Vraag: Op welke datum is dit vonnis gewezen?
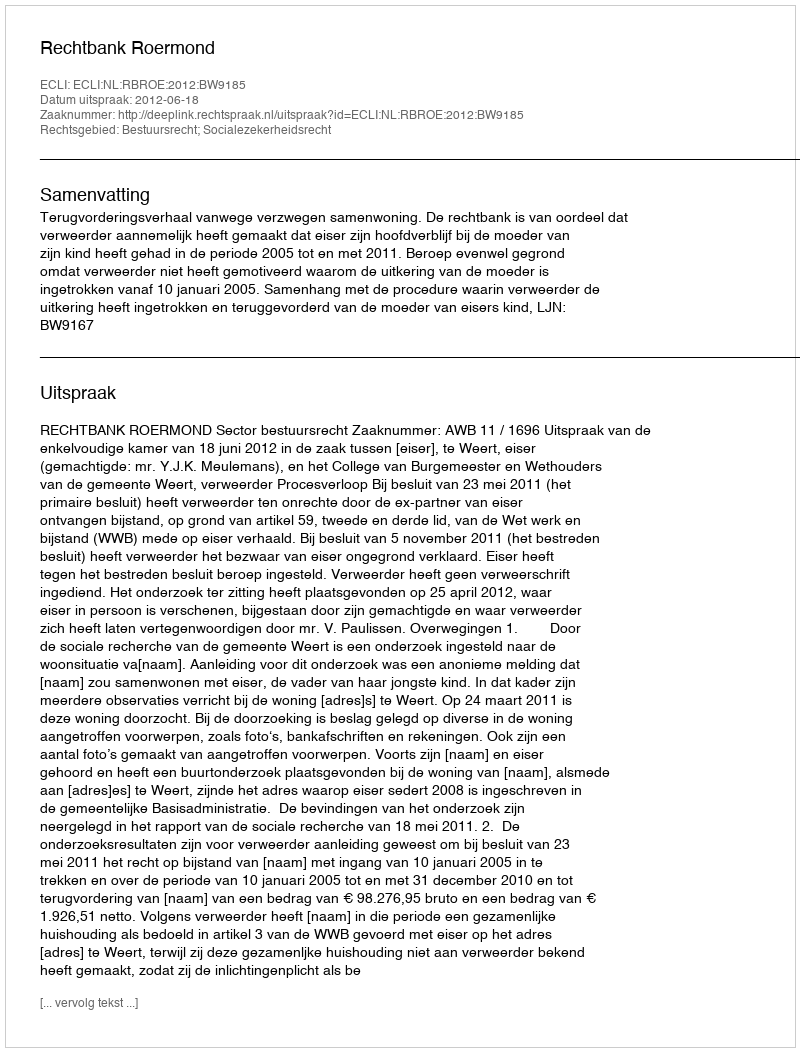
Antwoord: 2012-06-18